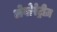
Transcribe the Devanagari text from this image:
लेबोरेट्रीज़